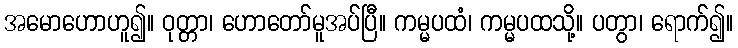
အမောဟောဟူ၍။ ဝုတ္တာ၊ ဟောတော်မူအပ်ပြီ။ ကမ္မပထံ၊ ကမ္မပထသို့။ ပတွာ၊ ရောက်၍။